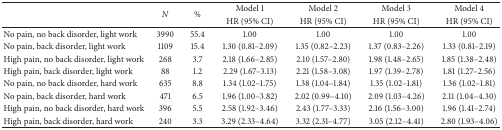
<table><thead><tr><td>[EMPTY_CELL]</td><td rowspan="2"><b><i>N</i></b></td><td rowspan="2"><b>%</b></td><td><b>Model 1</b></td><td><b>Model 2</b></td><td><b>Model 3</b></td><td><b>Model 4</b></td></tr><tr><td>[EMPTY_CELL]</td><td><b>HR (95% CI)</b></td><td><b>HR (95% CI)</b></td><td><b>HR (95% CI)</b></td><td><b>HR (95% CI)</b></td></tr></thead><tbody><tr><td>No pain, no back disorder, light work</td><td>3990</td><td>55.4</td><td>1.00</td><td>1.00</td><td>1.00</td><td>1.00</td></tr><tr><td>No pain, back disorder, light work</td><td>1109</td><td>15.4</td><td>1.30 (0.81–2.09)</td><td>1.35 (0.82–2.23)</td><td>1.37 (0.83–2.26)</td><td>1.33 (0.81–2.19)</td></tr><tr><td>High pain, no back disorder, light work</td><td>268</td><td>3.7</td><td>2.18 (1.66–2.85)</td><td>2.10 (1.57–2.80)</td><td>1.98 (1.48–2.65)</td><td>1.85 (1.38–2.48)</td></tr><tr><td>High pain, back disorder, light work</td><td>88</td><td>1.2</td><td>2.29 (1.67–3.13)</td><td>2.21 (1.58–3.08)</td><td>1.97 (1.39–2.78)</td><td>1.81 (1.27–2.56)</td></tr><tr><td>No pain, no back disorder, hard work</td><td>635</td><td>8.8</td><td>1.34 (1.02–1.75)</td><td>1.38 (1.04–1.84)</td><td>1.35 (1.02–1.81)</td><td>1.36 (1.02–1.81)</td></tr><tr><td>No pain, back disorder, hard work</td><td>471</td><td>6.5</td><td>1.96 (1.00–3.82)</td><td>2.02 (0.99–4.10)</td><td>2.09 (1.03–4.26)</td><td>2.11 (1.04–4.30)</td></tr><tr><td>High pain, no back disorder, hard work</td><td>396</td><td>5.5</td><td>2.58 (1.92–3.46)</td><td>2.43 (1.77–3.33)</td><td>2.16 (1.56–3.00)</td><td>1.96 (1.41–2.74)</td></tr><tr><td>High pain, back disorder, hard work</td><td>240</td><td>3.3</td><td>3.29 (2.33–4.64)</td><td>3.32 (2.31–4.77)</td><td>3.05 (2.12–4.41)</td><td>2.80 (1.93–4.06)</td></tr></tbody></table>